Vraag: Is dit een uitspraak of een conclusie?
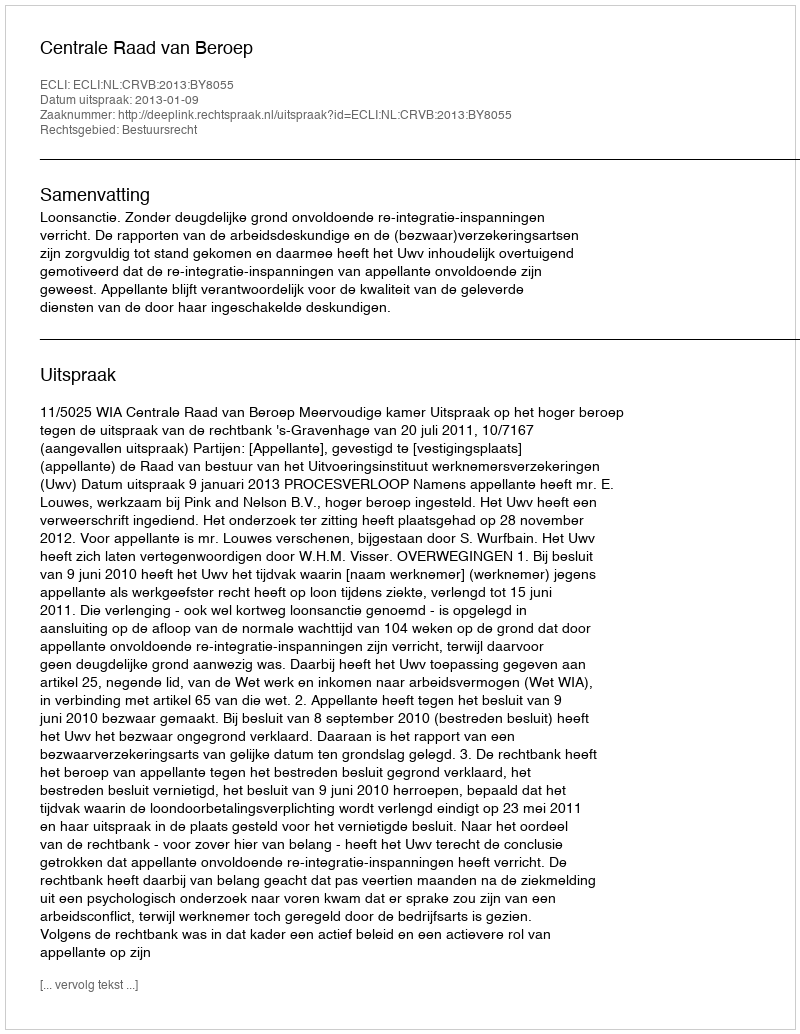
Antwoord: Uitspraak